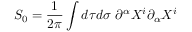
S _ { 0 } = { \frac { 1 } { 2 \pi } } \int d \tau d \sigma ~ \partial ^ { \alpha } X ^ { i } \partial _ { \alpha } X ^ { i }